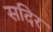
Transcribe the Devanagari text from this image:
सदिर